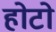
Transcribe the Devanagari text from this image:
होटो